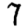
Digit: 7